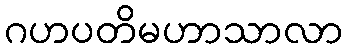
ဂဟပတိမဟာသာလာ